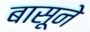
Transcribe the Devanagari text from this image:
बासूने